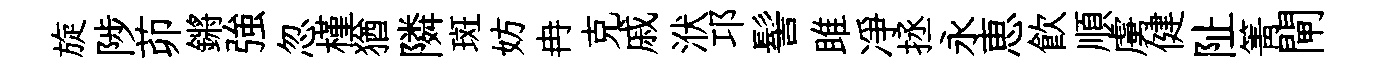
旋陟茆鏘強忽槿猶隣斑妨冉克戚洑邛髻雎凈拯永恵飮順虜健阯箐閘